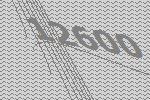
12600